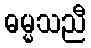
ဓမ္မသညီ